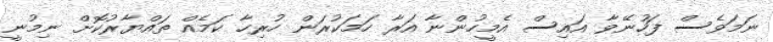
ނަމަވެސް ފަހުނޭވާ އައިސް އެމީހުންނާ އަރާ ހަމަކުރަން ހުރިހާ ކަމެއް ތައްޔާރުކޮށް ނިމުނީ